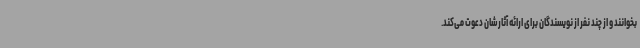
بخوانند و از چند نفر از نویسندگان برای ارائه آثارشان دعوت می‌کند.